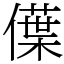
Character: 僷